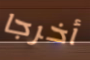
أخرجا